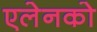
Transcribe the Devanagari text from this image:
एलेनको